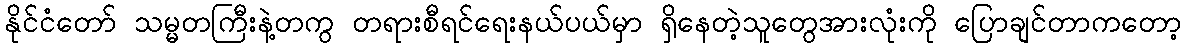
နိုင်ငံတော် သမ္မတကြီးနဲ့တကွ တရားစီရင်ရေးနယ်ပယ်မှာ ရှိနေတဲ့သူတွေအားလုံးကို ပြောချင်တာကတော့